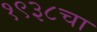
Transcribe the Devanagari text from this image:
१९३८चा